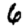
Digit: 6